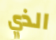
الذي